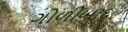
ગોળીબાદ